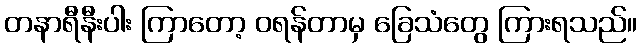
တနာရီနီးပါး ကြာတော့ ဝရန်တာမှ ခြေသံတွေ ကြားရသည်။